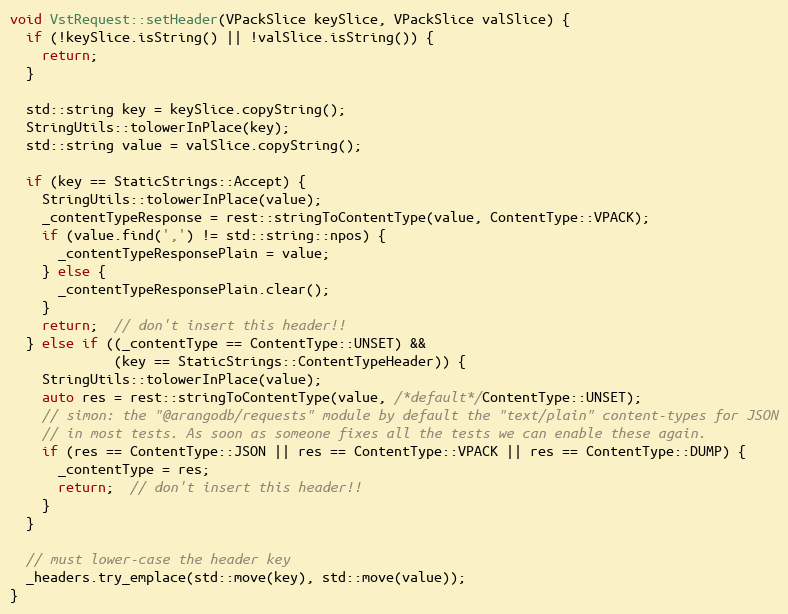
Language: C++
void VstRequest::setHeader(VPackSlice keySlice, VPackSlice valSlice) {
  if (!keySlice.isString() || !valSlice.isString()) {
    return;
  }

  std::string key = keySlice.copyString();
  StringUtils::tolowerInPlace(key);
  std::string value = valSlice.copyString();

  if (key == StaticStrings::Accept) {
    StringUtils::tolowerInPlace(value);
    _contentTypeResponse = rest::stringToContentType(value, ContentType::VPACK);
    if (value.find(',') != std::string::npos) {
      _contentTypeResponsePlain = value;
    } else {
      _contentTypeResponsePlain.clear();
    }
    return;  // don't insert this header!!
  } else if ((_contentType == ContentType::UNSET) &&
             (key == StaticStrings::ContentTypeHeader)) {
    StringUtils::tolowerInPlace(value);
    auto res = rest::stringToContentType(value, /*default*/ContentType::UNSET);
    // simon: the "@arangodb/requests" module by default the "text/plain" content-types for JSON
    // in most tests. As soon as someone fixes all the tests we can enable these again.
    if (res == ContentType::JSON || res == ContentType::VPACK || res == ContentType::DUMP) {
      _contentType = res;
      return;  // don't insert this header!!
    }
  }

  // must lower-case the header key
  _headers.try_emplace(std::move(key), std::move(value));
}